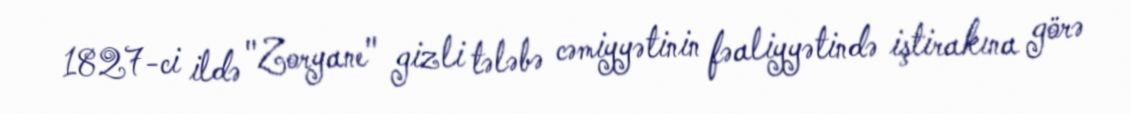
1827-ci ildə "Zoryane" gizli tələbə cəmiyyətinin fəaliyyətində iştirakına görə